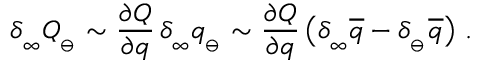
\delta _ { _ \infty } Q _ { _ { \ominus } } \sim { \frac { \partial Q } { \partial q } } \, \delta _ { _ \infty } q _ { _ { \ominus } } \sim { \frac { \partial Q } { \partial q } } \, \big ( \delta _ { _ \infty } \overline { { { q } } } - \delta _ { _ \ominus } \overline { { { q } } } \big ) \ .